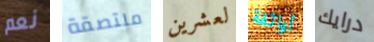
نعم ملتصقة لعشرين أواثقة درايك